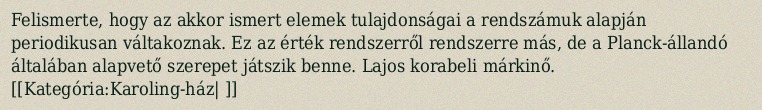
Felismerte, hogy az akkor ismert elemek tulajdonságai a rendszámuk alapján periodikusan váltakoznak. Ez az érték rendszerről rendszerre más, de a Planck-állandó általában alapvető szerepet játszik benne. Lajos korabeli márkinő. [[Kategória:Karoling-ház| ]]